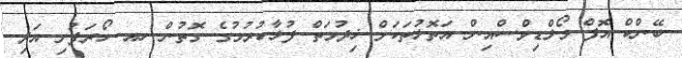
ބޭންކް އޮފް މޯލްޑިވްސްއިން އަތޮޅުތަކަށް ޚިދުމަތް ފުޅާކުރުމުގެ ގޮތުން ހއ ހޯރަފުށި އަދި